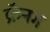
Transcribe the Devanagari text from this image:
क्रॅनग